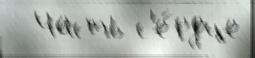
  Часть с'е́рдце